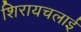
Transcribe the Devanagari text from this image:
शिरायचलाई